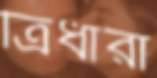
ত্রিধারা